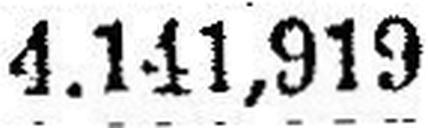
4.141,919